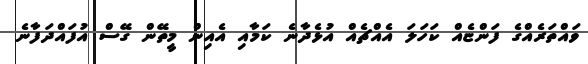
ވައްތަރެއްގެ ފަންޏެއް ކަހަލަ އެއްޗެއް އުޅެދާނެ ކަމާއި އެއިން މީތޭން ގޭސް އުފައްދަފާނެ